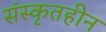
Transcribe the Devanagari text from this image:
संस्कृतहीन